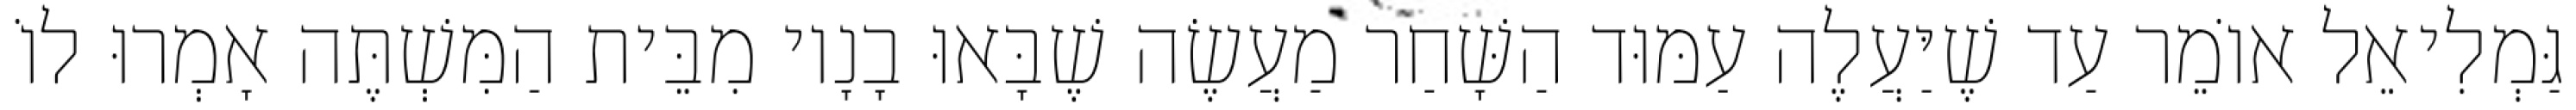
גַּמְלִיאֵל אוֹמֵר עַד שֶׁיַּעֲלֶה עַמּוּד הַשָּׁחַר מַעֲשֶׂה שֶׁבָּאוּ בָנָיו מִבֵּית הַמִּשְׁתֶּה אָמְרוּ לוֹ